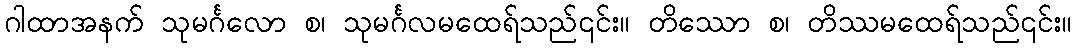
ဂါထာအနက် သုမင်္ဂလော စ၊ သုမင်္ဂလမထေရ်သည်၎င်း။ တိဿော စ၊ တိဿမထေရ်သည်၎င်း။